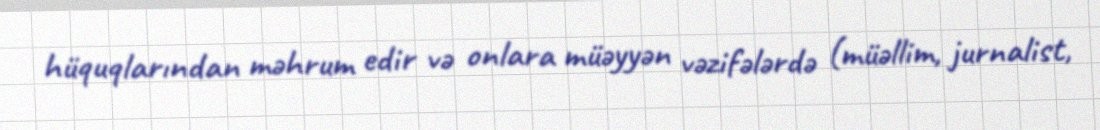
hüquqlarından məhrum edir və onlara müəyyən vəzifələrdə (müəllim, jurnalist,